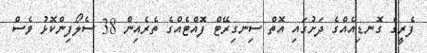
ފެރީގެ ގޮނޑިއެއްގެ ދަށުގައި އޮތް ސިނގިރޭޓް ފޮއްޓެއްގެ ތެރެއިން 38 ސެލޯފިންކޮޅު ވެސް